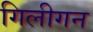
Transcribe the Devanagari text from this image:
गिलीगन